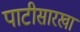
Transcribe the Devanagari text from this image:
पाटीसारखा